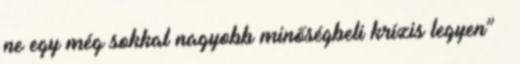
ne egy még sokkal nagyobb minőségbeli krízis legyen” –